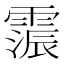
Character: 𮦩